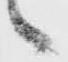
々